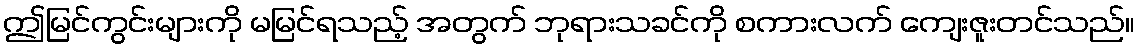
ဤမြင်ကွင်းများကို မမြင်ရသည့် အတွက် ဘုရားသခင်ကို စကားလက် ကျေးဇူးတင်သည်။